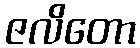
ဇလိတော